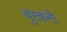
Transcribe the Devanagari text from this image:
बुरकनी